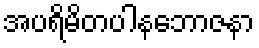
အပရိမိတပါနဘောဇနာ